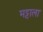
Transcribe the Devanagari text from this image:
मट्टाला